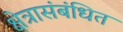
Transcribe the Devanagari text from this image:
क्षेत्रासंबंधित